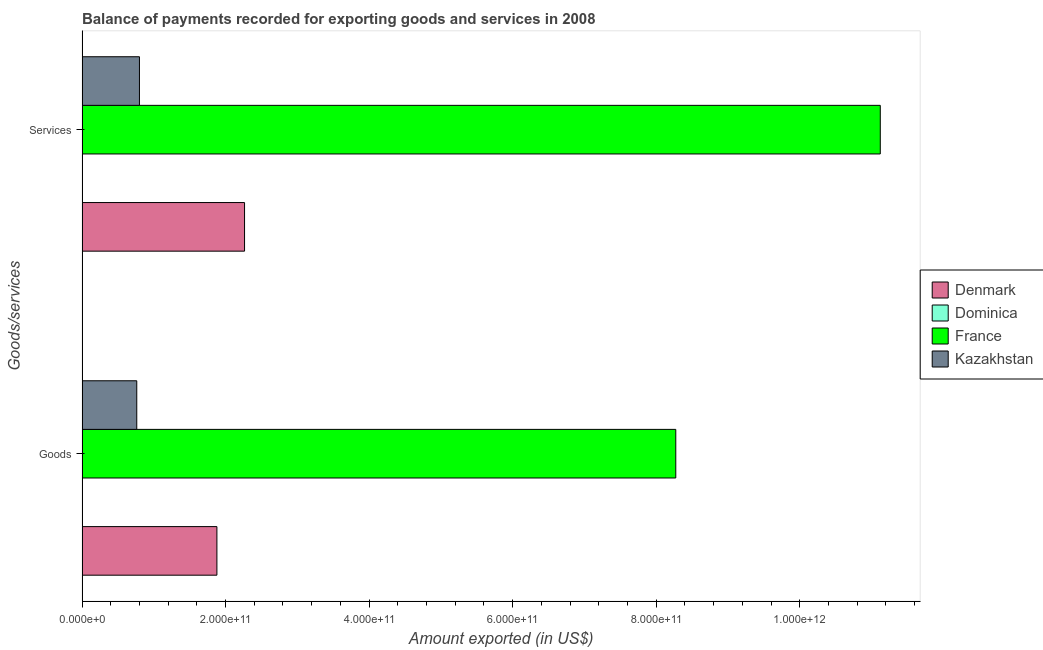
| Goods/services | Denmark | Dominica | France | Kazakhstan |
 | --- | --- | --- | --- | --- |
 | Goods | 1.88e+11 | 1.57e+08 | 8.27e+11 | 7.63e+10 |
 | Services | 2.26e+11 | 1.65e+08 | 1.11e+12 | 8e+10 |